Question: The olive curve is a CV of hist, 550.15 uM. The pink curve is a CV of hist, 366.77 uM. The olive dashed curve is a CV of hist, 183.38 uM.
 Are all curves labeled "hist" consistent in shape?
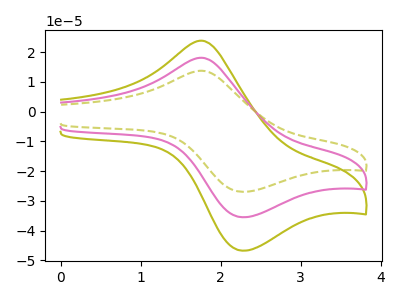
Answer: <think>The olive curve "hist, 550.15 uM" has an anodic peak at (1.75V, 36.20uA) and a cathodic peak at (2.30V, -70.95uA). The pink curve "hist, 366.77 uM" has an anodic peak at (1.75V, 18.10uA) and a cathodic peak at (2.30V, -35.50uA). The olive dashed curve "hist, 183.38 uM" has an anodic peak at (1.75V, 13.75uA) and a cathodic peak at (2.30V, -26.95uA).
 All the peaks in "hist, 550.15 uM" have a peak in "hist, 366.77 uM" at the same potential. Every peak in "hist, 550.15 uM" is higher than every peak in "hist, 366.77 uM". All the peaks in "hist, 550.15 uM" have a peak in "hist, 183.38 uM" at the same potential. Every peak in "hist, 550.15 uM" is higher than every peak in "hist, 183.38 uM". All the peaks in "hist, 366.77 uM" have a peak in "hist, 183.38 uM" at the same potential. Every peak in "hist, 366.77 uM" is higher than every peak in "hist, 183.38 uM".</think>
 <answer>All the CV's of "hist" have similar shape.</answer>
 <eval>follow_rule</eval>